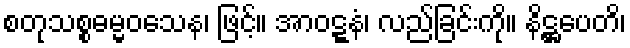
စတုသစ္စဓမ္မဝသေန၊ ဖြင့်။ အာဝဋ္ဋနံ၊ လည်ခြင်းကို။ နိဋ္ဌပေတိ၊